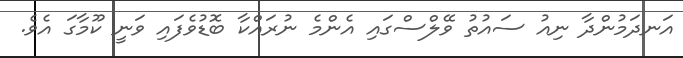
އަނދަމުންދާ ނިއު ސައުތު ވޭލްސްގައި އެންމެ ނުރައްކާ ބޮޑުވެފައި ވަނީ ކޫމާގަ އެވެ.